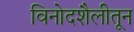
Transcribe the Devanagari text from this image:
विनोदशैलीतून